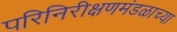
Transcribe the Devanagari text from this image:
परिनिरीक्षणमंडळाच्या